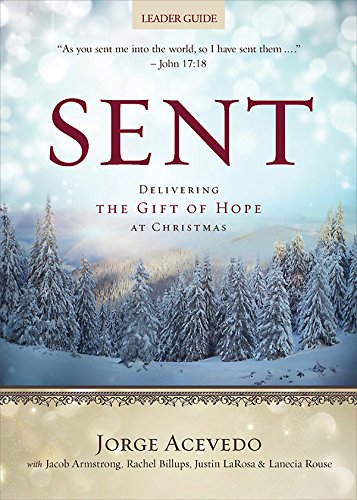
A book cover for Sent Leader Guide: Delivering the Gift of Hope at Christmas (Sent Advent series); Jorge Acevedo; Christian Books & Bibles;